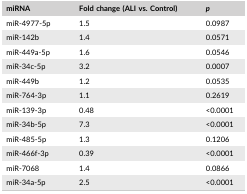
<table><thead><tr><td><b>miRNA</b></td><td><b>Fold change (ALI vs. Control)</b></td><td><b><i>p</i></b></td></tr></thead><tbody><tr><td>miR‐4977‐5p</td><td>1.5</td><td>0.0987</td></tr><tr><td>miR‐142b</td><td>1.4</td><td>0.0571</td></tr><tr><td>miR‐449a‐5p</td><td>1.6</td><td>0.0546</td></tr><tr><td>miR‐34c‐5p</td><td>3.2</td><td>0.0007</td></tr><tr><td>miR‐449b</td><td>1.2</td><td>0.0535</td></tr><tr><td>miR‐764‐3p</td><td>1.1</td><td>0.2619</td></tr><tr><td>miR‐139‐3p</td><td>0.48</td><td>&lt;0.0001</td></tr><tr><td>miR‐34b‐5p</td><td>7.3</td><td>&lt;0.0001</td></tr><tr><td>miR‐485‐5p</td><td>1.3</td><td>0.1206</td></tr><tr><td>miR‐466f‐3p</td><td>0.39</td><td>&lt;0.0001</td></tr><tr><td>miR‐7068</td><td>1.4</td><td>0.0866</td></tr><tr><td>miR‐34a‐5p</td><td>2.5</td><td>&lt;0.0001</td></tr></tbody></table>